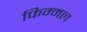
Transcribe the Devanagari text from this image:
फिम्मल